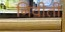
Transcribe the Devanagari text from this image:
निवीती